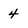
Character: 4